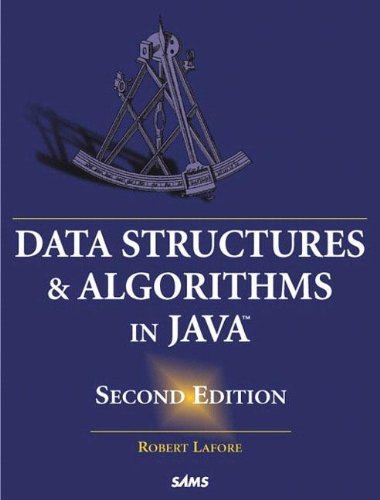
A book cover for Data Structures and Algorithms in Java (2nd Edition); Robert Lafore; Computers & Technology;